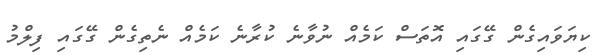
ކިޔަވައިގެން ގޭގައި އޮތަސް ކަމެއް ނުވާނެ ކުރާނެ ކަމެއް ނެތިގެން ގޭގައި ފިލްމު